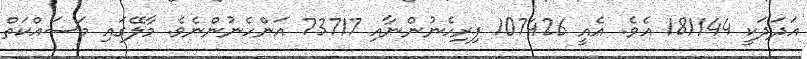
އަދަދަކީ 181144 އެވެ. އެއީ 107426 ފިރިހެނުންނާއި 73717 އަންހެނުންނެވެ. މާލޭގައި މަސައްކަތް